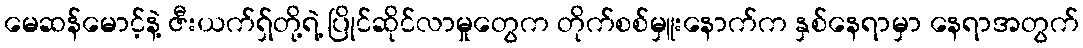
မေဆန်မောင့်နဲ့ ဇီးယက်ရှ်တို့ရဲ့ ပြိုင်ဆိုင်လာမှုတွေက တိုက်စစ်မှူးနောက်က နှစ်နေရာမှာ နေရာအတွက်